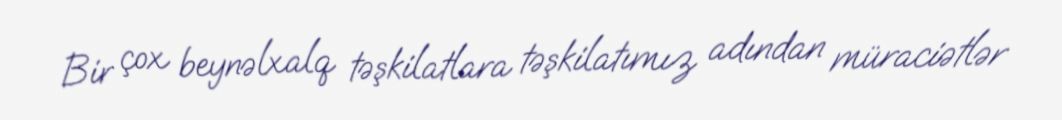
Bir çox beynəlxalq təşkilatlara təşkilatımız adından müraciətlər